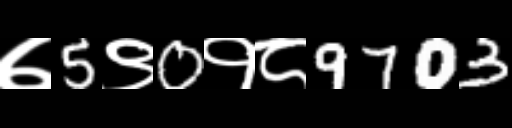
Text: ७5९0१८9703